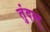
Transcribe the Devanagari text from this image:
तुंदल्